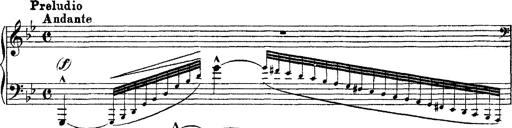
Title: Grandes Ã©tudes de Paganini
Composer: Franz Liszt